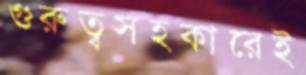
গুরুত্বসহকারেই